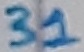
Text: 31